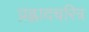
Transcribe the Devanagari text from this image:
प्रह्लादचरित्र